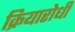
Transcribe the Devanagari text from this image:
क्रियारोधी